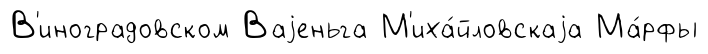
В'иноградовском Ваjеньга М'иха́йловскаjа Ма́рфы